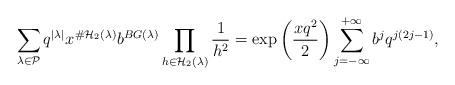
LaTeX: \begin{align*}\sum_{\lambda\in\mathcal{P}}q^{|\lambda|}x^{\#\mathcal{H}_{2}(\lambda)}b^{BG(\lambda)}\prod_{h\in\mathcal{H}_{2}(\lambda)}\dfrac{1}{h^{2}}=\exp\left(\dfrac{xq^{2}}{2}\right)\sum_{j=-\infty}^{+\infty}b^{j}q^{j(2j-1)},\end{align*}